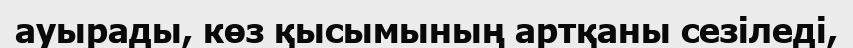
ауырады, көз қысымының артқаны сезіледі,